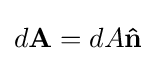
d\mathbf {A} =dA\mathbf {\hat {n}}